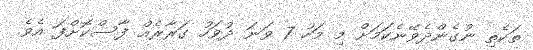
ތަކެތި ނުގެންދެވޭނެކަމަށް މި މަހު 7 ވަނަ ދުވަހު ގަރާރެއް ފާސްކޮށްފަ އެވެ.